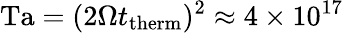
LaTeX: \mathrm{Ta}=(2\Omega t_{\mathrm{therm}})^{2}\approx 4\times 10^{17}